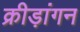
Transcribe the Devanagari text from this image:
क्रीड़ांगन